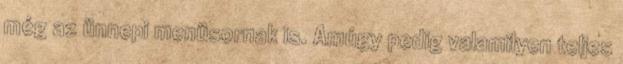
még az ünnepi menüsornak is. Amúgy pedig valamilyen teljes